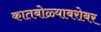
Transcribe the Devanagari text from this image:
कातबोळ्याबरोबर